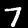
Label: 7